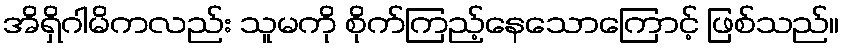
အိရှိဂါမိကလည်း သူမကို စိုက်ကြည့်နေသောကြောင့် ဖြစ်သည်။